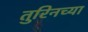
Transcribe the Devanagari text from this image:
तुरिनच्या